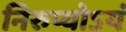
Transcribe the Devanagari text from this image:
निरुप्योऽयं